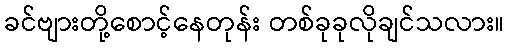
ခင်ဗျားတို့စောင့်နေတုန်း တစ်ခုခုလိုချင်သလား။